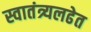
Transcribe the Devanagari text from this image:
स्वातंत्र्यलढेत